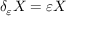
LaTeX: \delta _ { \varepsilon } X = \varepsilon X